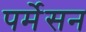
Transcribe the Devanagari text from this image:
पर्मेसन